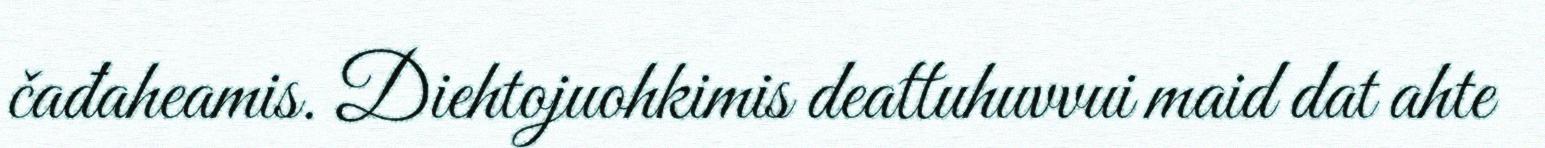
čađaheamis. Diehtojuohkimis deattuhuvvui maid dat ahte